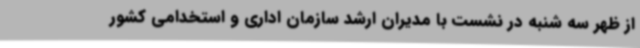
از ظهر سه شنبه در نشست با مدیران ارشد سازمان اداری و استخدامی کشور